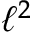
\ell ^ { 2 }